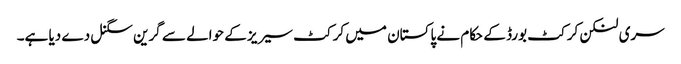
سری لنکن کرکٹ بورڈ کے حکام نے پاکستان میں کرکٹ سیریز کے حوالے سے گرین سگنل دے دیا ہے۔